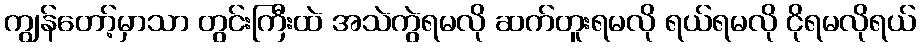
ကျွန်တော့်မှာသာ တွင်းကြီးထဲ အသဲကွဲရမလို ဆက်တူးရမလို ရယ်ရမလို ငိုရမလိုရယ်